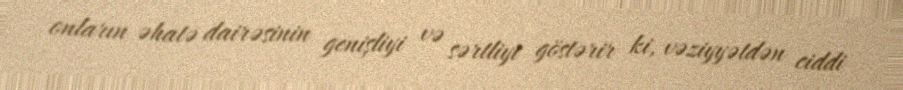
onların əhatə dairəsinin genişliyi və sərtliyi göstərir ki, vəziyyətdən ciddi